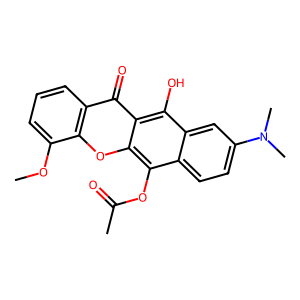
SMILES: COc1cccc2c(=O)c3c(O)c4cc(N(C)C)ccc4c(OC(C)=O)c3oc12
Inhibits HIV replication: No